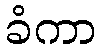
ခံကာ